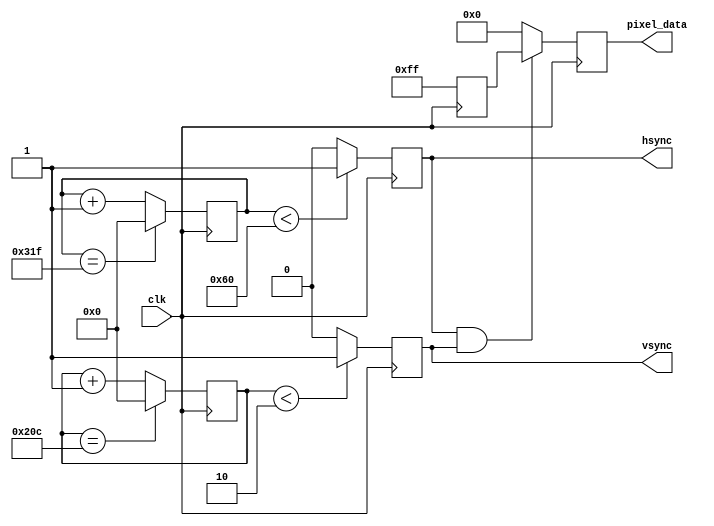
module VGA_Controller (
  input wire clk, // Clock input
  output reg hsync, // Horizontal synchronization signal
  output reg vsync, // Vertical synchronization signal
  output reg [7:0] pixel_data // Pixel data output
);

// Parameters for resolution and color depth
parameter H_RES = 640; // Horizontal resolution
parameter V_RES = 480; // Vertical resolution
parameter COLOR_DEPTH = 8; // Color depth

// Horizontal Sync Generator
reg [11:0] h_counter;
always @(posedge clk) begin
  if (h_counter < 96) begin
    hsync <= 1;
  end else begin
    hsync <= 0;
  end
  if (h_counter == 799) begin
    h_counter <= 0;
  end else begin
    h_counter <= h_counter + 1;
  end
end

// Vertical Sync Generator
reg [11:0] v_counter;
always @(posedge clk) begin
  if (v_counter < 2) begin
    vsync <= 1;
  end else begin
    vsync <= 0;
  end
  if (v_counter == 524) begin
    v_counter <= 0;
  end else begin
    v_counter <= v_counter + 1;
  end
end

// Pixel Generator
reg [COLOR_DEPTH-1:0] color_value;
always @(posedge clk) begin
  // Generate pixel data based on resolution and color depth
  // For simplicity, a fixed color value is used here
  color_value <= 8'hFF; // White color
end

// Display Controller
always @(posedge clk) begin
  if (hsync && vsync) begin
    pixel_data <= color_value;
  end else begin
    pixel_data <= 0;
  end
end

// VGA Output Interface
// Logic to convert digital signals to analog signals for VGA monitor output

endmodule